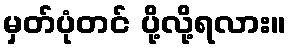
မှတ်ပုံတင် ပို့လို့ရလား။